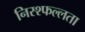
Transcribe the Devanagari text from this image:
निस्श्फल्लता